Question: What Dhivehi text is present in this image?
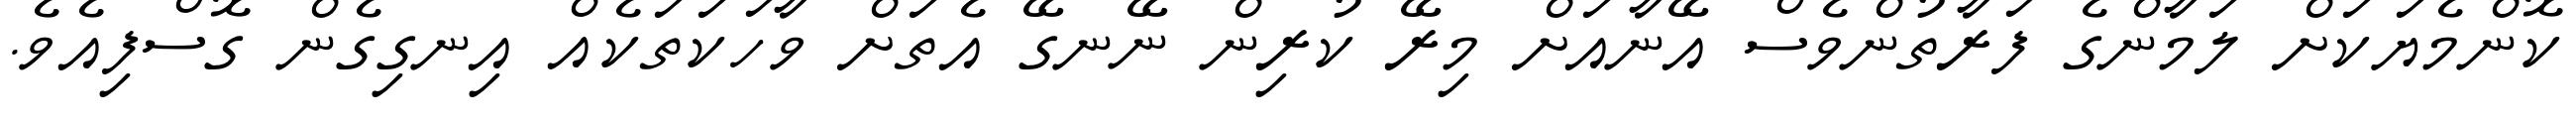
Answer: ކޮންމެޔަކަށް ލަމާންގެ ފަރާތުންވެސް އޭނާއަށް މިރޭ ކުރިން ނޭނގޭ އެތަށް ވާހަކަތަކެއް އިނގިގެން ގޮސްފިއެވެ.